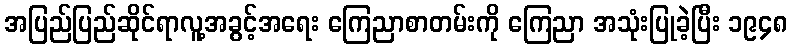
အပြည်ပြည်ဆိုင်ရာလူ့အခွင့်အရေး ကြေညာစာတမ်းကို ကြေညာ အသုံးပြုခဲ့ပြီး ၁၉၄၈